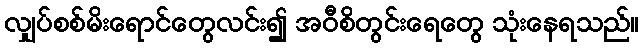
လျှပ်စစ်မိးရောင်တွေလင်း၍ အဝီစိတွင်းရေတွေ သုံးနေရသည်။